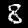
Label: 8